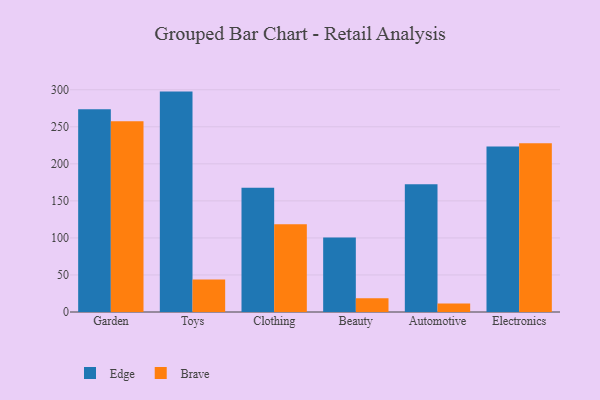
{"axis": {"x": "Category", "y": "Website Visitors"}, "legend": ["Brave", "Edge"], "data": [{"x": "Garden", "y": 273.7, "type": "Edge"}, {"x": "Garden", "y": 257.4, "type": "Brave"}, {"x": "Toys", "y": 297.5, "type": "Edge"}, {"x": "Toys", "y": 43.8, "type": "Brave"}, {"x": "Clothing", "y": 167.6, "type": "Edge"}, {"x": "Clothing", "y": 118.6, "type": "Brave"}, {"x": "Beauty", "y": 100.6, "type": "Edge"}, {"x": "Beauty", "y": 18.7, "type": "Brave"}, {"x": "Automotive", "y": 172.6, "type": "Edge"}, {"x": "Automotive", "y": 11.6, "type": "Brave"}, {"x": "Electronics", "y": 223.4, "type": "Edge"}, {"x": "Electronics", "y": 227.9, "type": "Brave"}]}